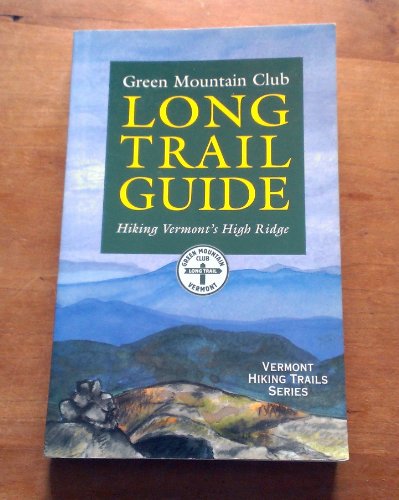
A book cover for The Long Trail Guide: Hiking Vermont's High Ridge; Green Mountain Club; Travel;